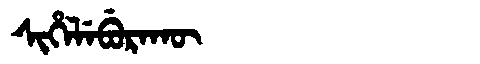
Manchu: ᠰᡳᡥᡝᠯᡝᠪᡠᡵᠠᡴᡡ
Romanization: SIHELEBURAKŪ